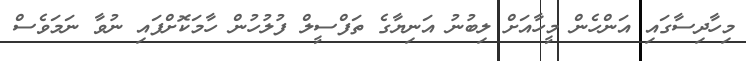
މިހާދިސާގައި އަންހެން މީހާއަށް ލިބުނު އަނިޔާގެ ތަފްސީލް ފުލުހުން ހާމަކޮށްފައި ނުވާ ނަމަވެސް